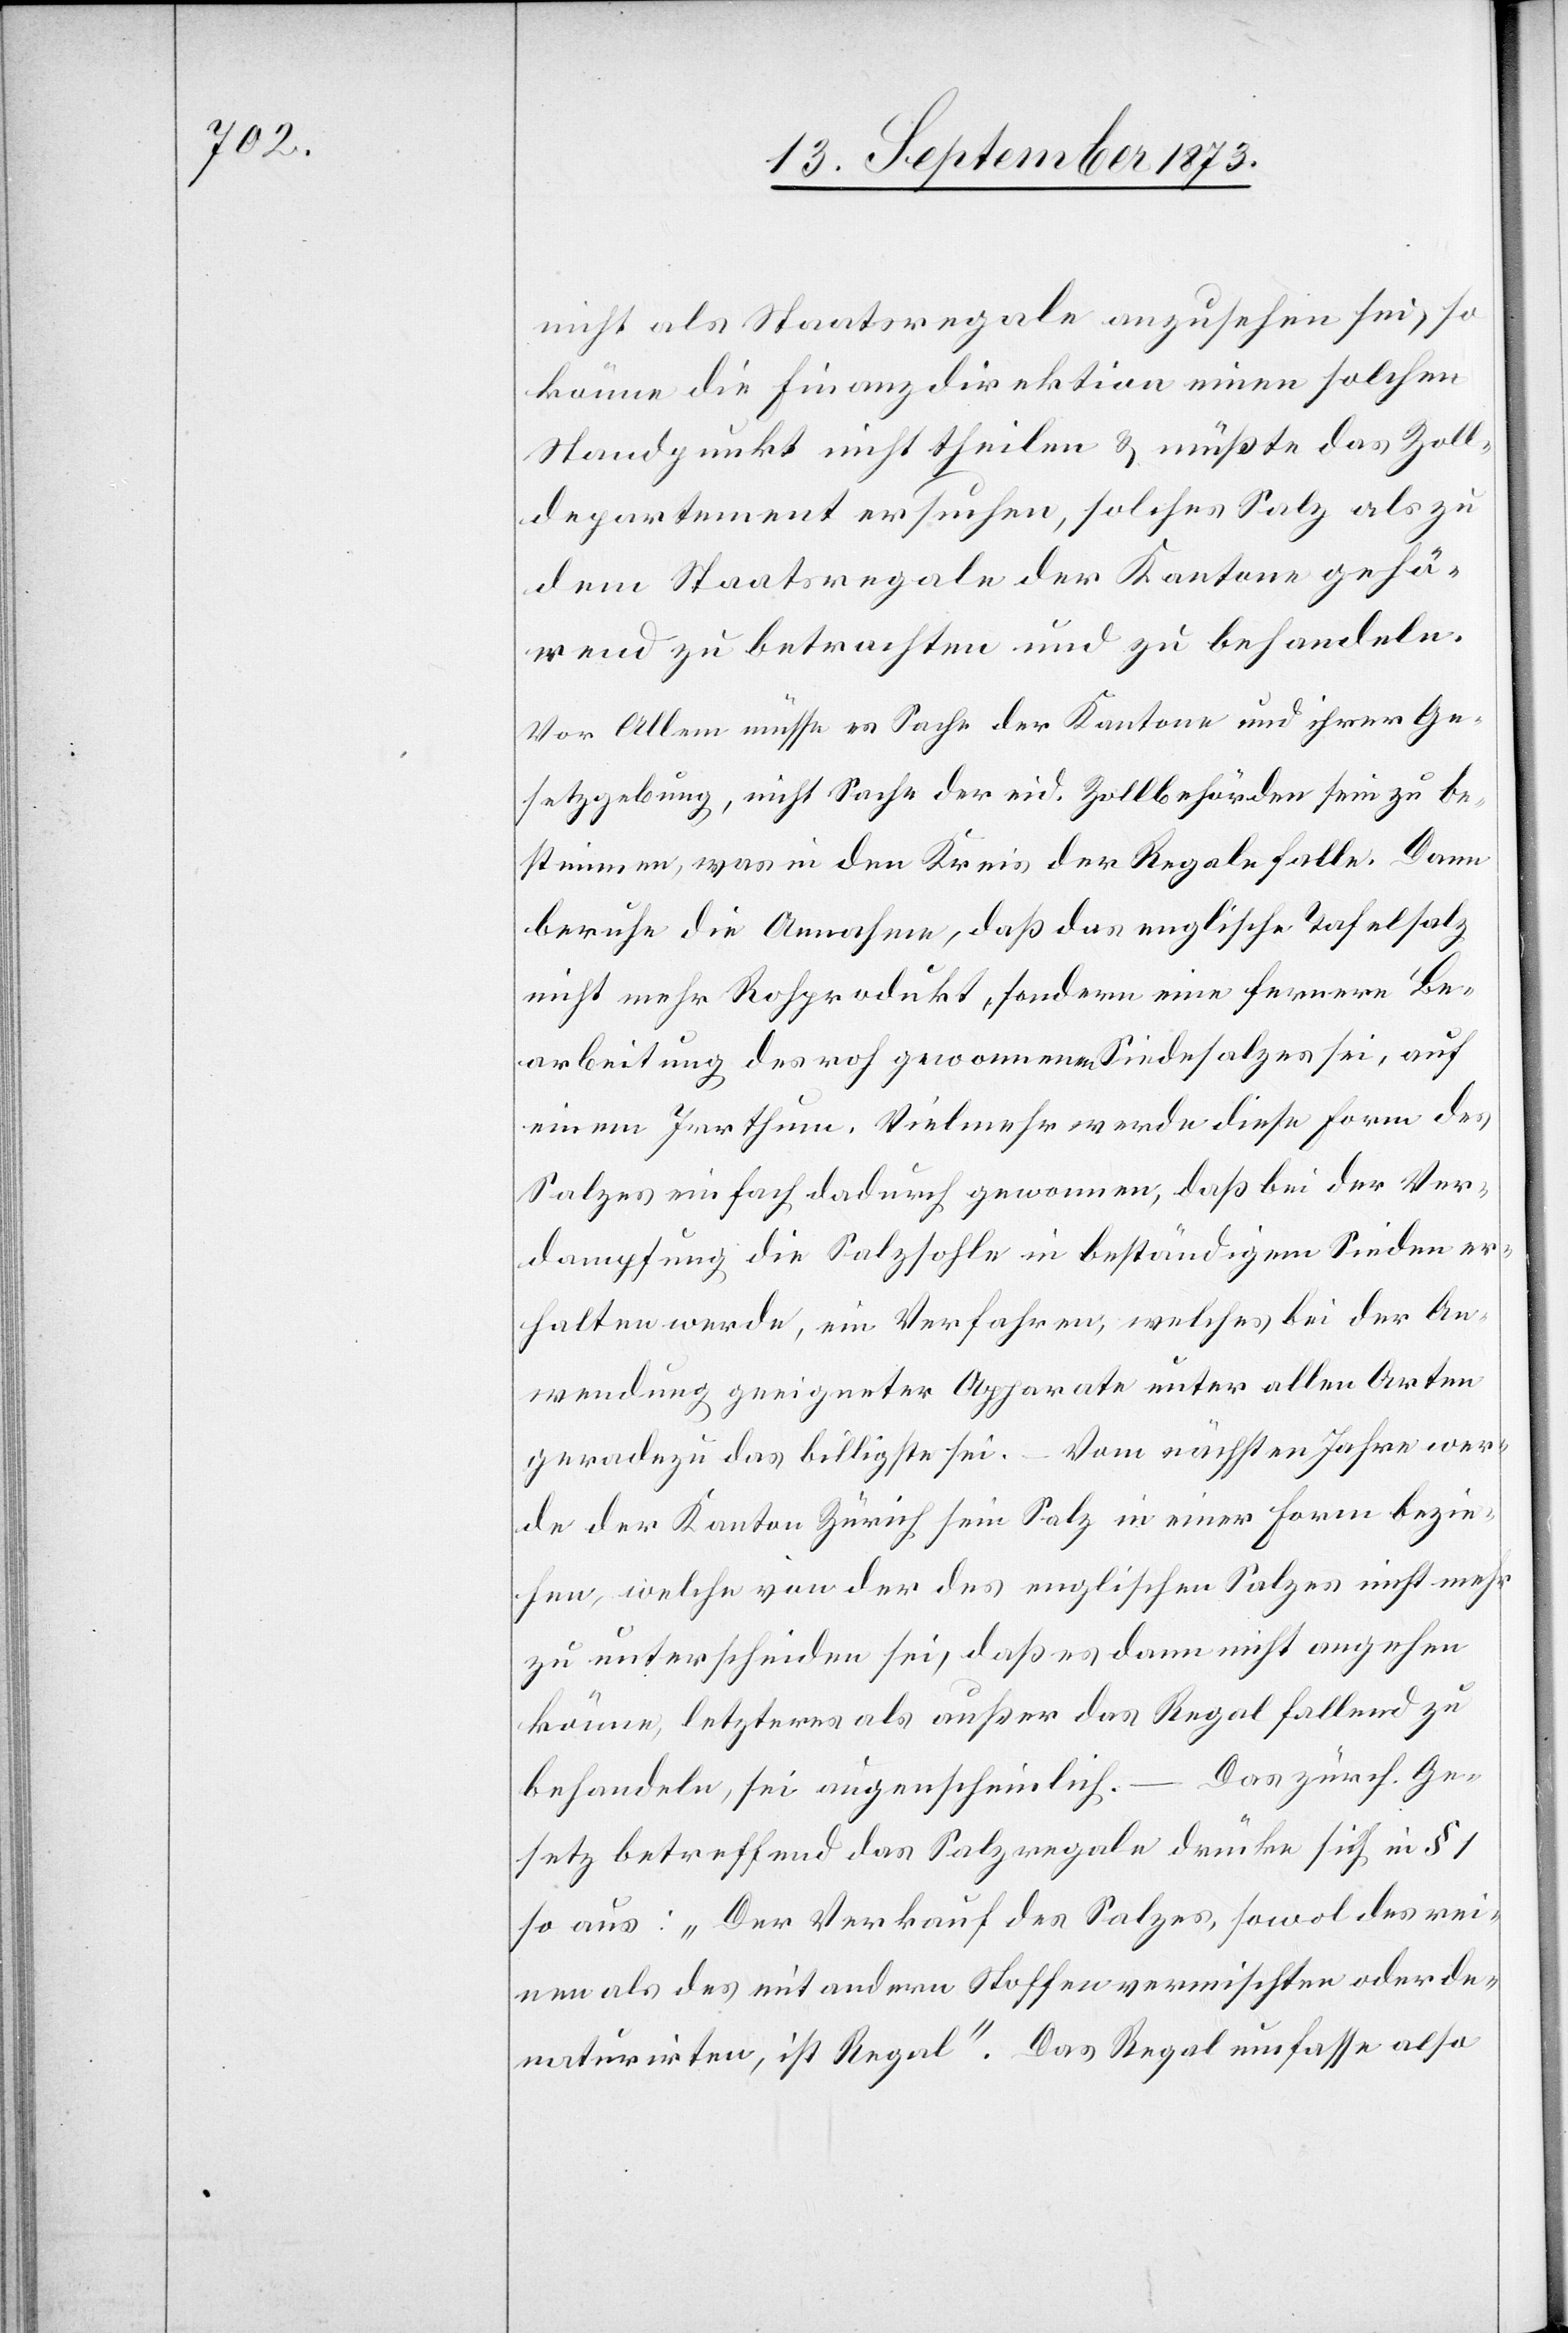
nicht als Staatsregale anzusehen sei, so
könne die Finanzdirektion einen solchen
Standpunkt nicht theilen & müßte das Zoll¬
departement ersuchen, solches Salz als zu
dem Staatsregale der Kantone gehö¬
rend zu betrachten und zu behandeln.
Vor Allem müsse es Sache der Kantone und ihrer Ge¬
setzgebung, nicht Sache der eid. Zollbehörden sein zu be¬
stimmen, was in den Kreis der Regale falle. Dann
beruhe die Annahme, daß das englische Tafelsalz
nicht mehr Rohprodukt, sondern eine fernere Be¬
arbeitung des roh gewonnenen Siedesalzes sei, auf
einem Irrthum. Vielmehr werde diese Form des
Salzes einfach dadurch gewonnen, daß bei der Ver¬
dampfung die Salzsohle in beständigem Sieden er¬
halten werde, ein Verfahren, welches bei der An¬
wendung geeigneter Apparate unter allen Arten
geradezu das billigste sei. – Vom nächsten Jahre wer¬
de der Kanton Zürich sein Salz in einer Form bezie¬
hen, welche von der des englischen Salzes nicht mehr
zu unterscheiden sei, daß es dann nicht angehen
könne, letzteres als außer das Regal fallend zu
Das zürch. Ge¬
behandeln, sei augenscheinlich.
setz betreffend das Salzregale drücke sich in §
so aus: „Der Verkauf des Salzes, sowol des rei¬
nen als des mit andern Stoffen vermischten oder de¬
naturirten, ist Regal“. Das Regal umfasse also